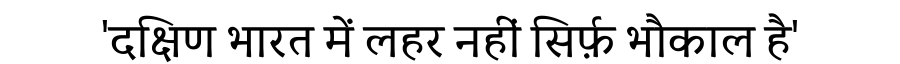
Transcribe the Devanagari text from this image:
'दक्षिण भारत में लहर नहीं सिर्फ़ भौकाल है'